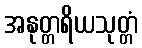
အနုတ္တရိယသုတ္တံ